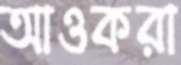
আওকরা